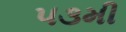
૫૩મી